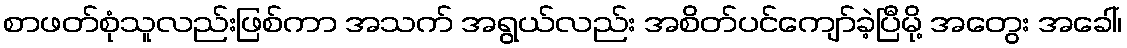
စာဖတ်စုံသူလည်းဖြစ်ကာ အသက် အရွယ်လည်း အစိတ်ပင်ကျော်ခဲ့ပြီမို့ အတွေး အခေါ်၊